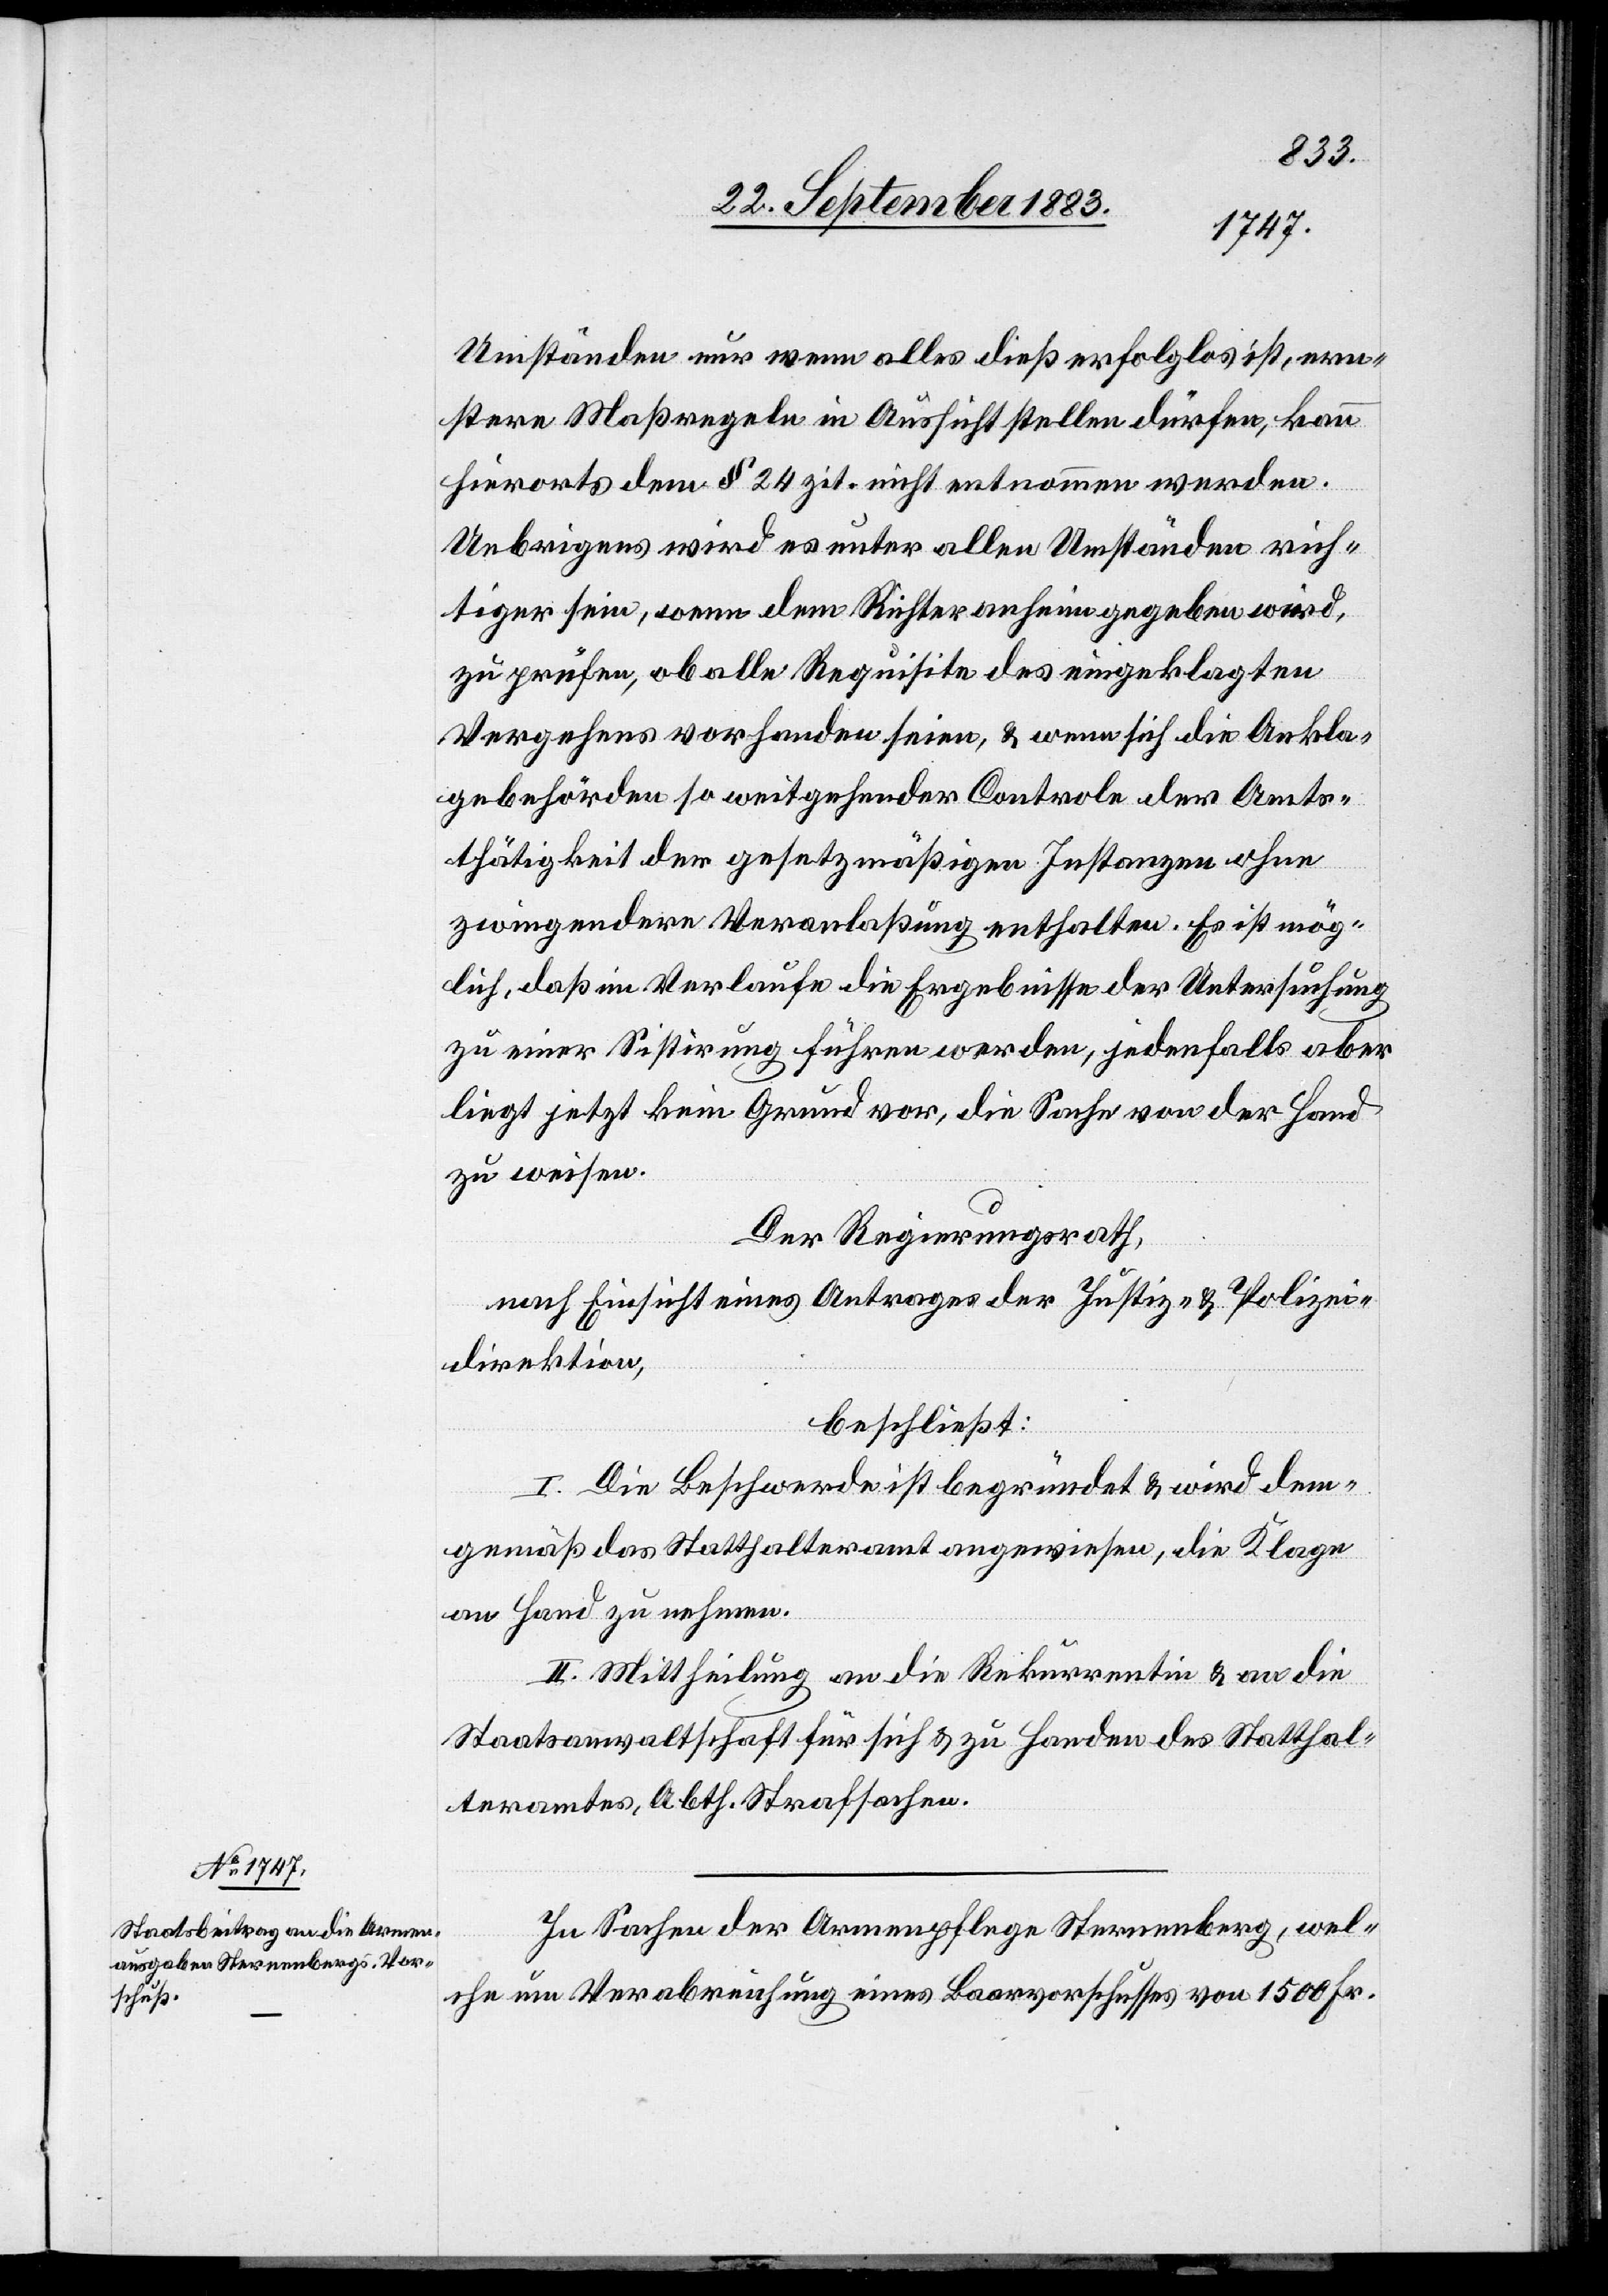
Umständen nur wenn alles dieß erfolglos ist, ern¬
stere Maßregeln in Aussicht stellen dürfen, kann
hierorts dem § 24 zit. nicht entnommen werden.
Uebrigens wird es unter allen Umständen rich¬
tiger sein, wenn dem Richter anheim gegeben wird,
zu prüfen, ob alle Requisite des eingeklagten
Vergehens vorhanden seien, & wenn sich die Ankla¬
gebehörden so weitgehender Controle der Amts¬
thätigkeit der gesetzmäßigen Instanzen ohne
zwingendere Veranlaßung enthalten. Es ist mög¬
lich, daß im Verlaufe die Ergebnisse der Untersuchung
zu einer Sistirung führen werden, jedenfalls aber
liegt jetzt ein Grund vor, die Sache von der Hand
zu weisen.
Der Regierungsrath,
nach Einsicht eines Antrages der Justiz- & Polizei¬
direktion,
beschließt:
I. Die Beschwerde ist begründet & wird dem¬
gemäß das Statthalteramt angewiesen, die Klage
an Hand zu nehmen.
II. Mittheilung an die Rekurrentin & an die
Staatsanwaltschaft für sich & zu Handen des Statthal¬
teramtes, Abth. Strafsachen.
In Sachen der Armenpflege Sternenberg, wel¬
che um Verabreichung eines Baarvorschusses von 1500 Fr.